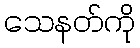
သေနတ်ကို